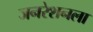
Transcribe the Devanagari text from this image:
जनरेशनला